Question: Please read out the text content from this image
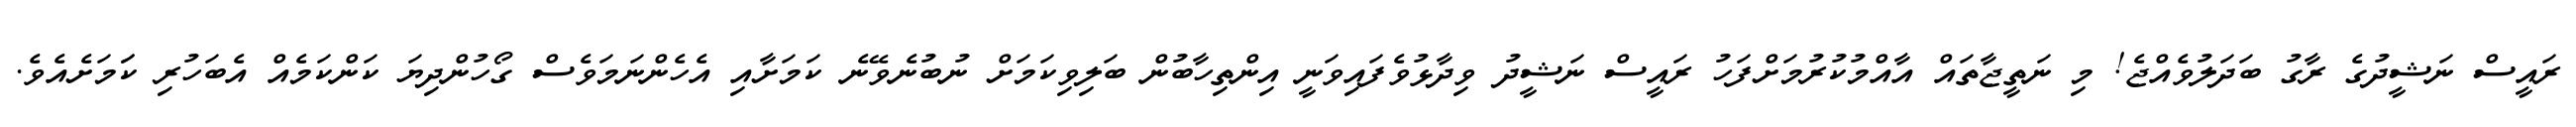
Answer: ރައީސް ނަޝީދުގެ ރާގު ބަދަލުވެއްޖެ! މި ނަތީޖާތައް އާއްމުކުރުމަށްފަހު ރައީސް ނަޝީދު ވިދާޅުވެފައިވަނީ އިންތިހާބުން ބަލިވިކަމަށް ނުބުނެވޭނެ ކަމަށާއި އެހެންނަމަވެސް ގޯހުންދިޔަ ކަންކަމެއް އެބަހުރި ކަަމަށެއެވެ.